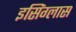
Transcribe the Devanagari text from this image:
इसिंग्लास